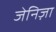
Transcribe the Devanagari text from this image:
जेनिज़ा